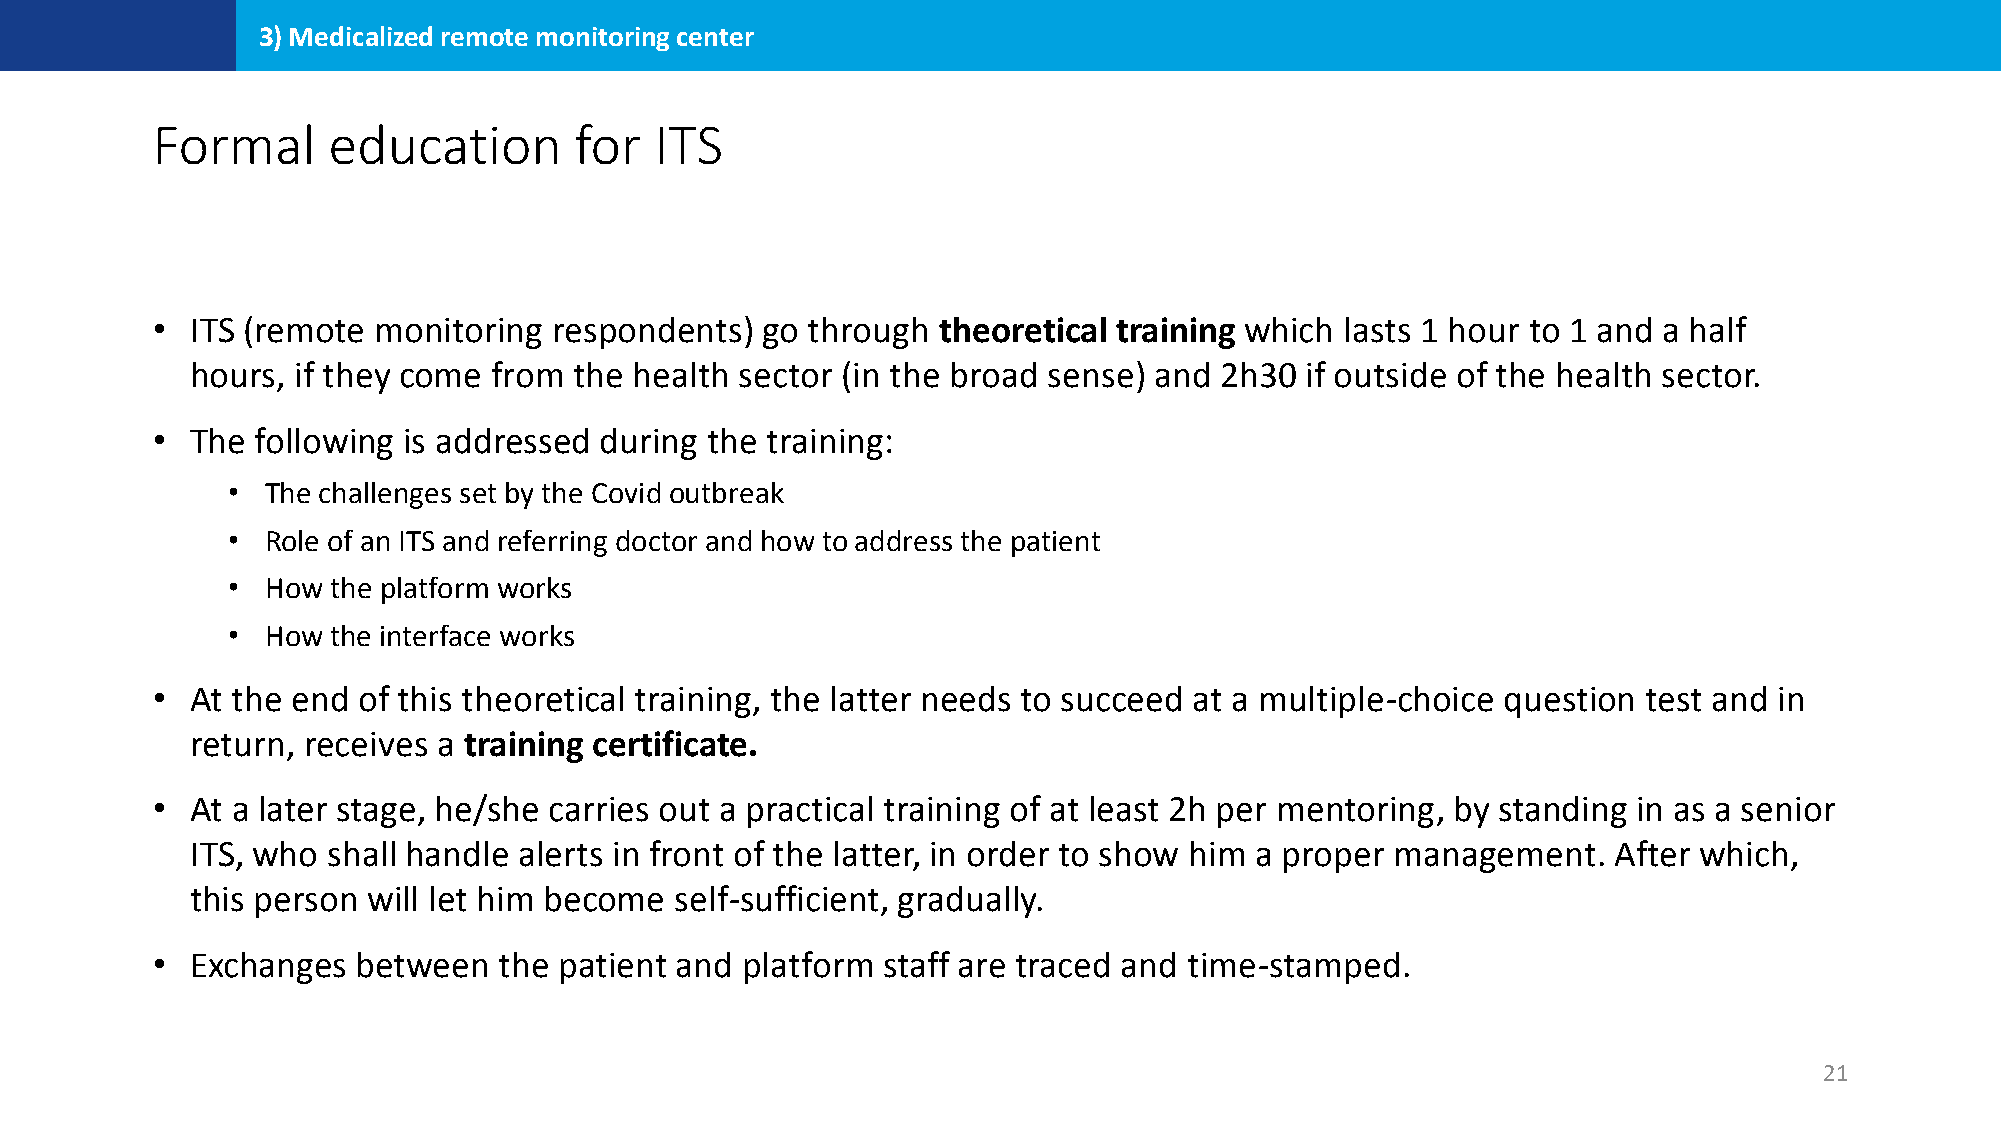
3) Medicalized remote monitoring center
 Formal      education       for  ITS
 •  ITS (remote monitoring  respondents) go through  theoretical training which lasts 1 hour to 1 and a half
 hours, if they come from the health sector (in the broad sense) and 2h30 if outside of the health sector.
 •  The following is addressed during the training:
 •  The challenges set by the Covid outbreak
 •  Role of an ITS and referring doctor and how to address the patient
 •  How the platform works
 •  How the interface works
 •  At the end of this theoretical training, the latter needs to succeed at a multiple-choice question test and in
 return, receives a training certificate.
 •  At a later stage, he/she carries out a practical training of at least 2h per mentoring, by standing in as a senior
 ITS, who shall handle alerts in front of the latter, in order to show him a proper management. After which,
 this person will let him become self-sufficient, gradually.
 •  Exchanges  between  the patient and platform staff are traced and time-stamped.
 21